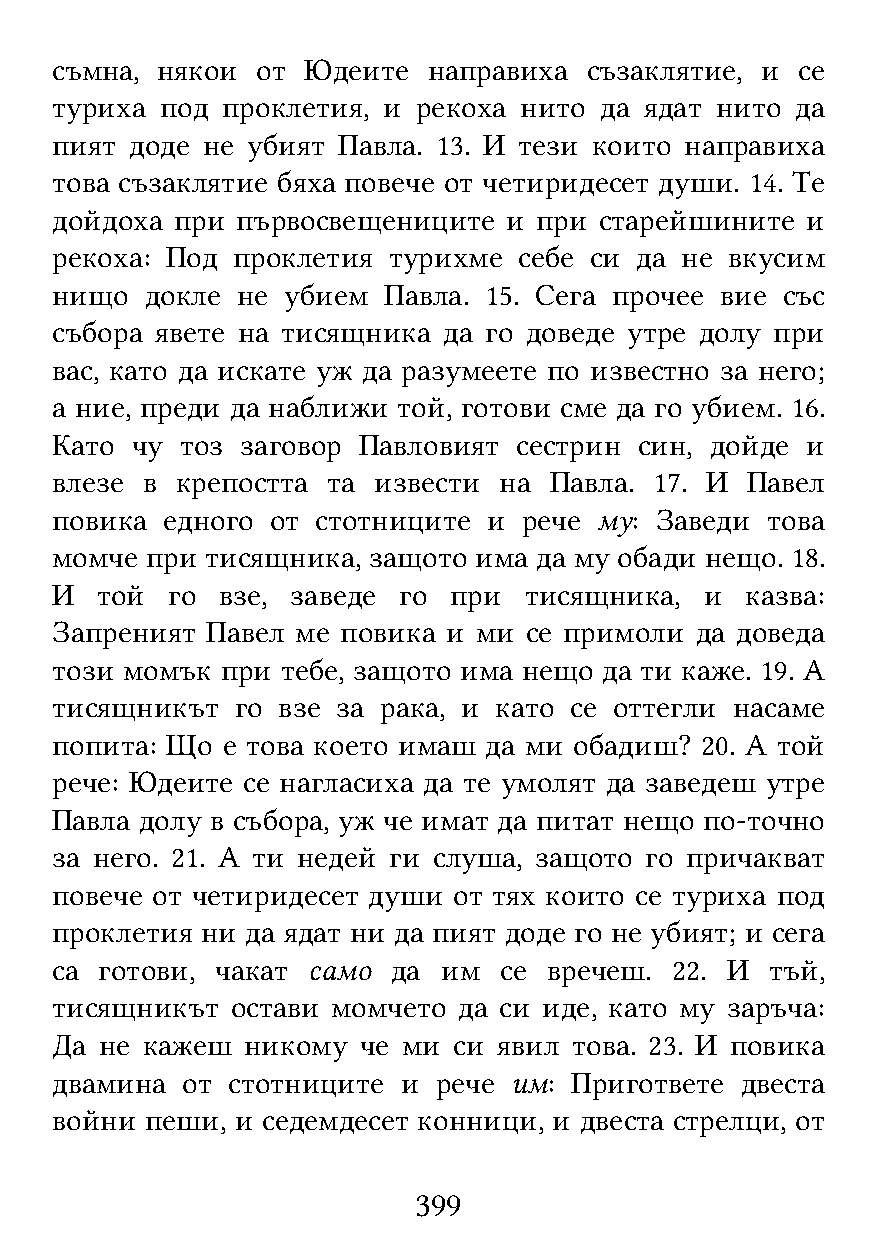
съмна, някои  от Юдеите  направиха  съзаклятие, и се
 туриха  под проклетия, и рекоха нито да ядат нито да
 пият  доде не убият Павла. 13. И тези които направиха
 това съзаклятие бяха повече от четиридесет души. 14. Те
 дойдоха  при първосвещениците  и при старейшините и
 рекоха: Под проклетия  турихме себе си да не вкусим
 нищо   докле не убием Павла. 15. Сега прочее вие със
 събора явете на тисящника да го доведе утре долу при
 вас, като да искате уж да разумеете по известно за него;
 а ние, преди да наближи той, готови сме да го убием. 16.
 Като  чу тоз заговор Павловият сестрин син, дойде и
 влезе в  крепостта та извести на Павла. 17. И Павел
 повика  едного от стотниците и  рече му: Заведи това
 момче  при тисящника, защото има да му обади нещо. 18.
 И  той  го  взе, заведе го при  тисящника,  и казва:
 Запреният  Павел ме повика и ми се примоли да доведа
 този момък  при тебе, защото има нещо да ти каже. 19. А
 тисящникът   го взе за рака, и като се оттегли насаме
 попита: Що  е това което имаш да ми обадиш? 20. А той
 рече: Юдеите се нагласиха да те умолят да заведеш утре
 Павла долу в събора, уж че имат да питат нещо по-точно
 за него. 21. А ти недей ги слуша, защото го причакват
 повече от четиридесет души от тях които се туриха под
 проклетия ни да ядат ни да пият доде го не убият; и сега
 са  готови, чакат само да им  се вречеш. 22. И  тъй,
 тисящникът  остави момчето да си иде, като му заръча:
 Да  не кажеш никому  че ми си явил това. 23. И повика
 двамина  от стотниците  и рече им: Пригответе двеста
 войни  пеши, и седемдесет конници, и двеста стрелци, от
 399